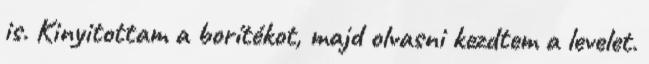
is. Kinyitottam a borítékot, majd olvasni kezdtem a levelet.